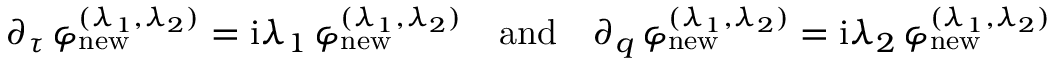
\begin{array} { r } { \partial _ { \tau } \, \varphi _ { \mathrm { n e w } } ^ { ( \lambda _ { 1 } , \lambda _ { 2 } ) } = \mathrm { i } \lambda _ { 1 } \, \varphi _ { \mathrm { n e w } } ^ { ( \lambda _ { 1 } , \lambda _ { 2 } ) } \quad \mathrm { a n d } \quad \partial _ { q } \, \varphi _ { \mathrm { n e w } } ^ { ( \lambda _ { 1 } , \lambda _ { 2 } ) } = \mathrm { i } \lambda _ { 2 } \, \varphi _ { \mathrm { n e w } } ^ { ( \lambda _ { 1 } , \lambda _ { 2 } ) } } \end{array}